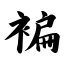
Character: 褊